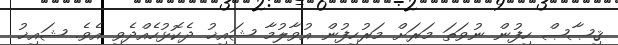
ޤިޞާޞް ހިފުން ނުވަތަ މަރަށް މަރުހިފުން އުވާލުމާ ޝައިޚު ދެކޮޅުހެއްދެވި އެވެ. ޝައިޚު